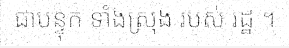
ជាបន្ទុក ទាំងស្រុង របស់ រដ្ឋ ។